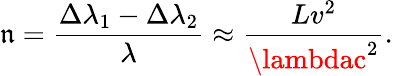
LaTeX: \mathfrak{n}={\frac{{\Delta\lambda_{1}-\Delta\lambda_{2}}}{{\lambda}}}\approx{\frac{{Lv^{2}}}{{\lambdac^{2}}}}.